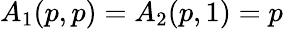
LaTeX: A_{1}(p,p)=A_{2}(p,1)=p